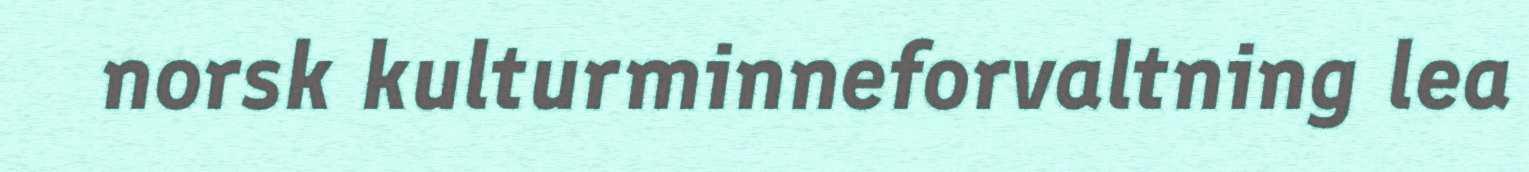
norsk kulturminneforvaltning lea